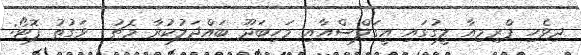
ދިވެހި ޕްރިމިއާ ލީގުގައި އީގަލްސްއާއި މަހިބަދޫ ބައްދަލުކުރާ މެޗު  ވަގުތު ފޮޓޯ: